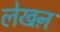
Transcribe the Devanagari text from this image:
लेखऩ